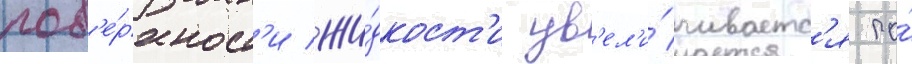
пов'е́рхност'и жи́дкост'и ув'ел'и́чиваетс'я по́